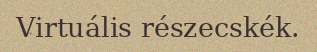
Virtuális részecskék.